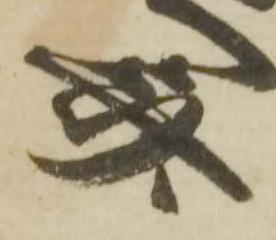
斎